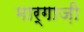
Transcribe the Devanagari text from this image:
मार्गाज़ी